Report on horse surra - Volume I
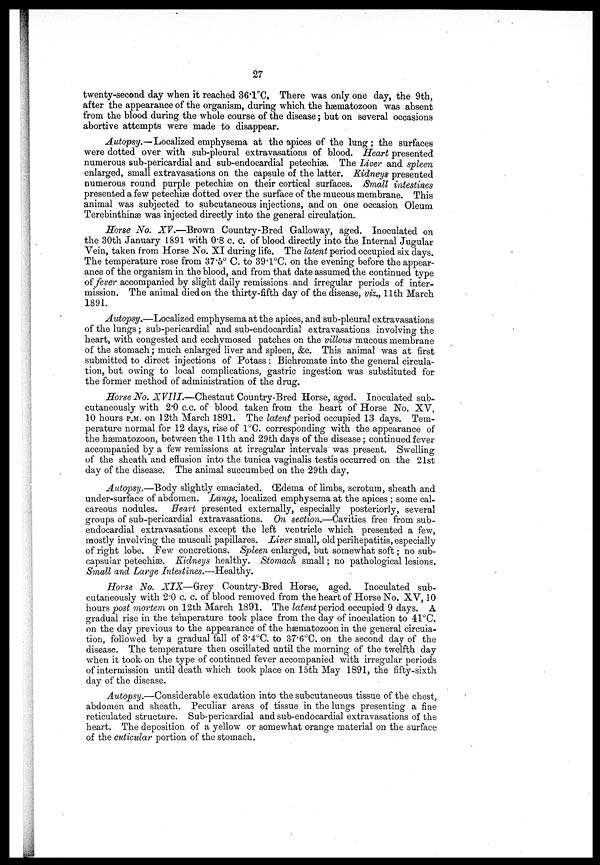
27
twenty-second day when it reached 36.1°C. There was only one day, the 9th,
after the appearance of the organism, during which the hæmatozoon was absent
from the blood during the whole course of the disease; but on several occasions
abortive attempts were made to disappear.
Autopsy.—Localized emphysema at the apices of the lung; the surfaces
were dotted over with sub-pleural extravasations of blood. Heart presented
numerous sub-pericardial and sub-endocardial petechiæ. The Liver and spleen
enlarged, small extravasations on the capsule of the latter. Kidneys presented
numerous round purple petechiæ on their cortical surfaces. Small intestines
presented a few petechiæ dotted over the surface of the mucous membrane. This
animal was subjected to subcutaneous injections, and on one occasion Oleum
Terebinthinæ was injected directly into the general circulation.
Horse No. XV.—Brown Country-Bred Galloway, aged. Inoculated on
the 30th January 1891 with 0.8 c. c. of blood directly into the Internal Jugular
Vein, taken from Horse No. XI during life. The latent period occupied six days.
The temperature rose from 37.5° C. to 39.1°C. on the evening before the appear-
ance of the organism in the blood, and from that date assumed the continued type
of fever accompanied by slight daily remissions and irregular periods of inter-
mission. The animal died on the thirty-fifth day of the disease, viz., 11th March
1891.
Autopsy.—Localized emphysema at the apices, and sub-pleural extravasations
of the lungs ; sub-pericardial and sub-endocardial extravasations involving the
heart, with congested and ecchymosed patches on the villous mucous membrane
of the stomach ; much enlarged liver and spleen, &c. This animal was at first
submitted to direct injections of Potass : Bichromate into the general circula-
tion, but owing to local complications, gastric ingestion was substituted for
the former method of administration of the drug.
Horse No. XVIII.—Chestnut Country-Bred Horse, aged. Inoculated sub-
cutaneously with 2.0 c.c. of blood taken from the heart of Horse No. XV,
10 hours P.M. on 12th March 1891. The latent period occupied 13 days. Tem-
perature normal for 12 days, rise of 1°C. corresponding with the appearance of
the hæmatozoon, between the 11th and 29th days of the disease ; continued fever
accompanied by a few remissions at irregular intervals was present. Swelling
of the sheath and effusion into the tunica vaginalis testis occurred on the 21st
day of the disease. The animal succumbed on the 29th day.
Autopsy.—Body slightly emaciated. (Edema of limbs, scrotum, sheath and
under-surface of abdomen. Lungs, localized emphysema at the apices ; some cal-
careous nodules. Heart presented externally, especially posteriorly, several
groups of sub-pericardial extravasations. On section.—Cavities free from sub-
endocardial extravasations except the left ventricle which presented a few,
mostly involving the musculi papillares. Liver small, old perihepatitis, especially
of right lobe. Few concretions. Spleen enlarged, but somewhat soft ; no sub-
capsular petechiæ. Kidneys healthy. Stomach small ; no pathological lesions..
Small and Large Intestines.—Healthy.
Horse No. XIX—Grey Country-Bred Horse, aged. Inoculated sub-
cutaneously with 2.0 c. c. of blood removed from the heart of Horse No. XV, 10
hours post mortem on 12th March 1891. The latent period occupied 9 days. A
gradual rise in the temperature took place from the day of inoculation to 41°C.
on the clay previous to the appearance of the hæmatozoon in the general circula-
tion, followed by a gradual fall of 3.4°C. to 37'6°C. on the second day of the
disease. The temperature then oscillated until the morning of the twelfth day
when it took on the type of continued fever accompanied with irregular periods
of intermission until death which took place on 15th May 1891, the fifty-sixth
day of the disease.
Autopsy.—Considerable exudation into the subcutaneous tissue of the chest,
abdomen and sheath. Peculiar areas of tissue in the lungs presenting a fine
reticulated structure. Sub-pericardial and sub-endocardial extravasations of the
heart. The deposition of a yellow or somewhat orange material on the surface
of the cuticular portion of the stomach.